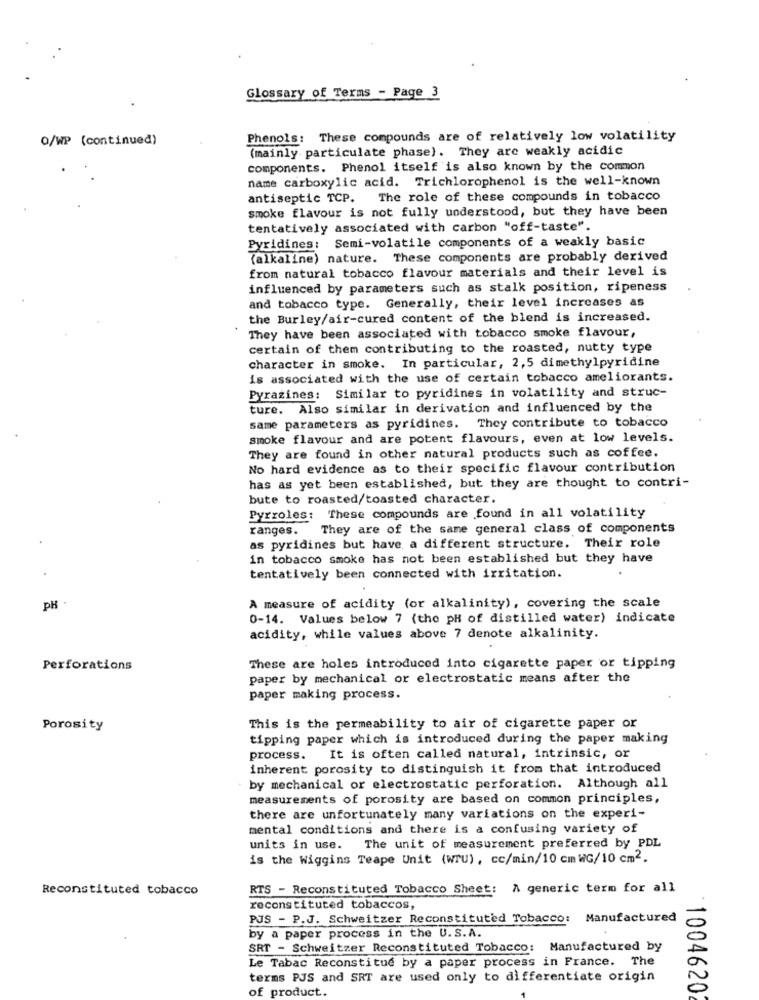
Glossary of Terms - Page 3
O/WP (continued)
Phenols: These compounds are of relatively low volatility
(mainly particulate phase). They are weakly acidic
components. Phenol itself is also known by the common
name carboxylic acid. Trichlorophenol is the well-known
antiseptic TCP. The role of these compounds in tobacco
smoke flavour is not fully understood, but they have been
tentatively associated with carbon "off-taste".
Pyridines: Semi-volatile components of a weakly basic
(alkaline) nature. These components are probably derived
from natural tobacco flavour materials and their level is
influenced by parameters such as stalk position, ripeness
and tobacco type. Generally, their level increases as
the Burley/air-cured content of the blend is increased.
They have been associated with tobacco smoke flavour,
certain of them contributing to the roasted, nutty type
character in smoke. In particular, 2,5 dimethylpyridine
is associated with the use of certain tobacco ameliorants.
Pyrazines: Similar to pyridines in volatility and struc-
ture. Also similar in derivation and influenced by the
same parameters as pyridines. They contribute to tobacco
smoke flavour and are potent flavours, even at low levels.
They are found in other natural products such as coffee.
No hard evidence as to their specific flavour contribution
has as yet been established, but they are thought to contri-
bute to roasted/toasted character.
Pyrroles: These compounds are found in all volatility
ranges. They are of the same general class of components
as pyridines but have a different structure. Their role
in tobacco smoke has not been established but they have
tentatively been connected with irritation.
A measure of acidity (or alkalinity), covering the scale
pH
0-14. Values below 7 (the pH of distilled water) indicate
acidity, while values above 7 denote alkalinity.
Perforations
These are holes introduced into cigarette paper or tipping
paper by mechanical or electrostatic means after the
paper making process.
Porosity
This is the permeability to air of cigarette paper or
tipping paper which is introduced during the paper making
process.
It is often called natural, intrinsic, or
inherent porosity to distinguish it from that introduced
by mechanical or electrostatic perforation. Although all
measurements of porosity are based on common principles,
there are unfortunately many variations on the experi-
mental conditions and there is a confusing variety of
units in use. The unit of measurement preferred by PDL
is the Wiggins Teape Unit (wru) , cc/min/10 cm WG/10 cm2.
Reconstituted tobacco
RTS - Reconstituted Tobacco Sheet:
A generic term for all
reconstituted tobaccos,
PJS - P.J. Schweitzer Reconstituted Tobacco: Manufactured
by a paper process in the U.S.A.
SRT - Schweitzer Reconstituted Tobacco: Manufactured by
Le Tabac Reconstitue by a paper process in France. The
terms PJS and SRT are used only to differentiate origin
of product.
1004620